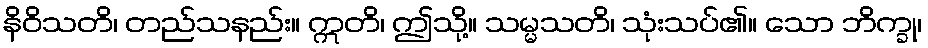
နိဝိသတိ၊ တည်သနည်း။ ဣတိ၊ ဤသို့။ သမ္မသတိ၊ သုံးသပ်၏။ သော ဘိက္ခု၊